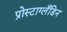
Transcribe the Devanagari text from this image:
प्रोस्टाग्लँडिन